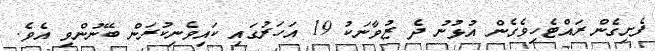
ފެށިގެން ރައްޓެހިވެގެން އުޅުނު ދެ ޒުވާނަކު 19 އަހަރުގައި ކައިވެނިކުރަން ބޭނުންވި އެވެ.